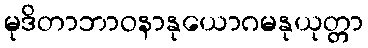
မုဒိတာဘာဝနာနုယောဂမနုယုတ္တာ